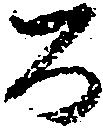
百